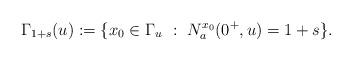
LaTeX: \begin{align*}\Gamma_{1+s}(u):=\{x_0\in \Gamma_u \,\,:\,\,N_a^{x_0}(0^+,u)=1+s\}.\end{align*}